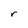
Character: r